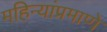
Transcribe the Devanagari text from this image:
महिन्यांप्रमाणे